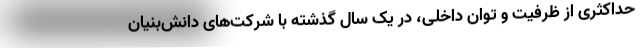
حداکثری از ظرفیت و توان داخلی، در یک سال گذشته با شرکت‌های دانش‌بنیان